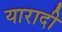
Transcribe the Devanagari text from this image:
यारादी